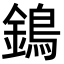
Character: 鵭